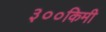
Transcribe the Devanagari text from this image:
३००किमी